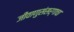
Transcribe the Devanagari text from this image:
जीवाणुसंसर्गाचा